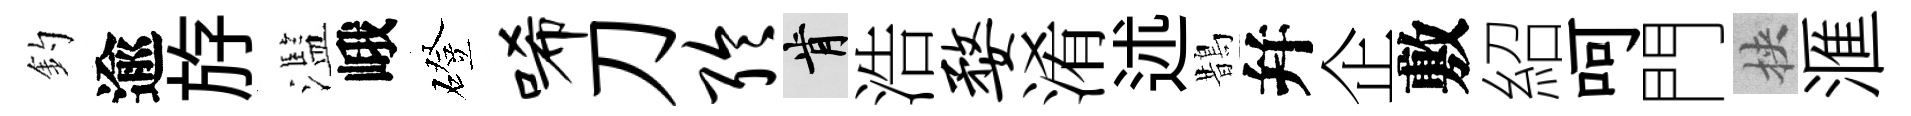
釣逾斿濫峨磴唏刀聆肯浩婺淆述鵲幷企敷紹呵門挾滙